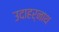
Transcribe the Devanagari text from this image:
उदाहर्नाथ